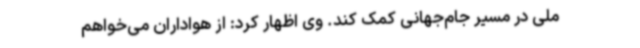
ملی در مسیر جام‌جهانی کمک کند. وی اظهار کرد: از هواداران می‌خواهم